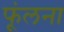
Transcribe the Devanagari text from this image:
फूंलना